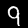
Digit: 9